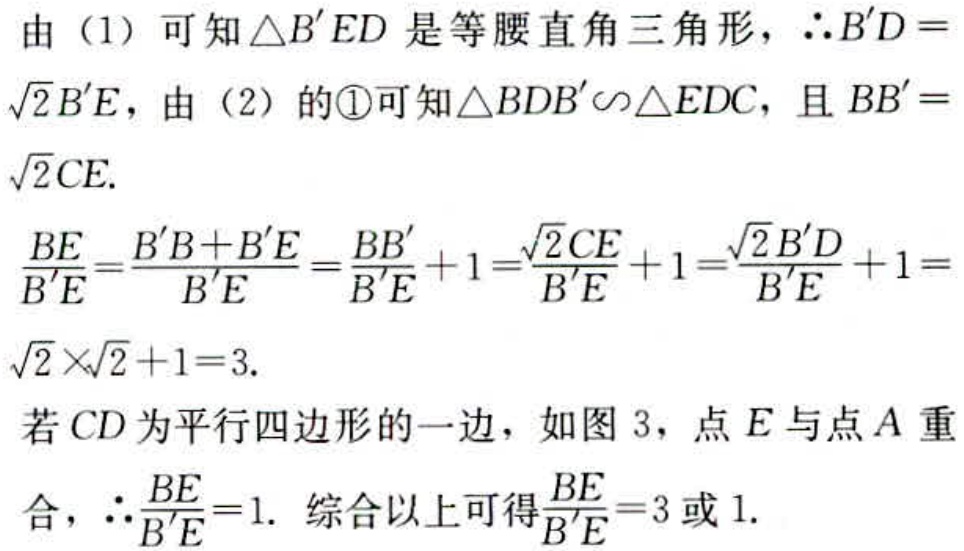
由（1）可知\(\triangle B'ED\)是等腰直角三角形，\(\therefore B'D = \sqrt{2}B'E\)，由（2）的\textcircled{1}可知\(\triangle BDB'\backsim\triangle EDC\)，且\(BB' = \sqrt{2}CE\).
\(\frac{BE}{B'E}=\frac{B'B + B'E}{B'E}=\frac{BB'}{B'E}+1=\frac{\sqrt{2}CE}{B'E}+1=\frac{\sqrt{2}B'D}{B'E}+1=\sqrt{2}\times\sqrt{2}+1 = 3\).
若\(CD\)为平行四边形的一边，如图3，点\(E\)与点\(A\)重合，\(\therefore\frac{BE}{B'E}=1\). 综合以上可得\(\frac{BE}{B'E}=3\)或\(1\).